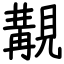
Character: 覯